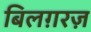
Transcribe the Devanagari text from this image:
बिलग़रज़